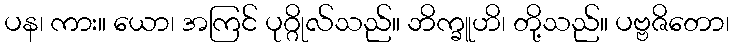
ပန၊ ကား။ ယော၊ အကြင် ပုဂ္ဂိုလ်သည်။ ဘိက္ခူဟိ၊ တို့သည်။ ပဗ္ဗဇိတော၊